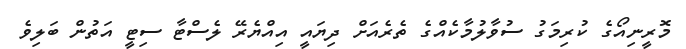
މޮރީނިއޯގެ ކުރިމަގު ސުވާލުމާކެއްގެ ތެރެއަށް ދިޔައީ އިއްޔެރޭ ލެސްޓާ ސިޓީ އަތުން ބަލިވެ